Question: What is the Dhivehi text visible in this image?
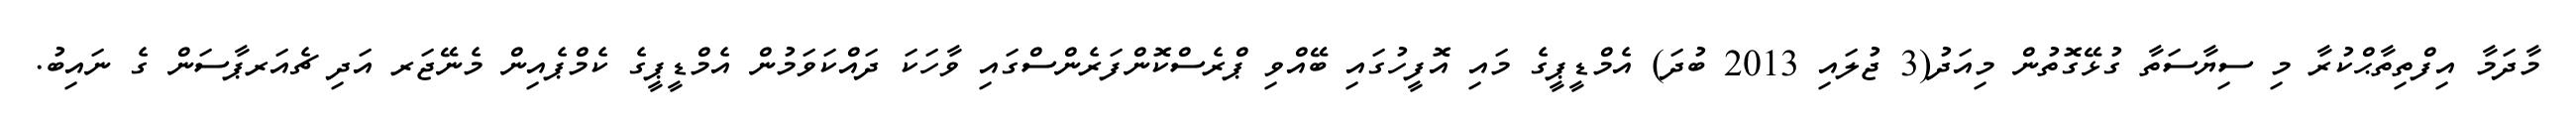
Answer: މާދަމާ އިފްތިތާޙްކުރާ މި ސިޔާސަތާ ގުޅޭގޮތުން މިއަދު(3 ޖުލައި 2013 ބުދަ) އެމްޑީޕީގެ މައި އޮފީހުގައި ބޭއްވި ޕްރެސްކޮންފަރެންސްގައި ވާހަކަ ދައްކަވަމުން އެމްޑީޕީގެ ކެމްޕެއިން މެނޭޖަރ އަދި ޗެއަރޕާސަން ގެ ނައިބު.